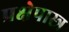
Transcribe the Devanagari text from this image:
प्रक्षेपास्‍त्र